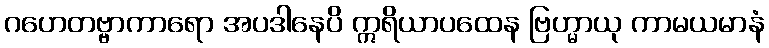
ဂဟေတဗ္ဗာကာရော အပဒါနေပိ ဣရိယာပထေန ဗြဟ္မာယု ကာမယမာနံ